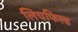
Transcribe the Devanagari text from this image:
लिचफिल्ड